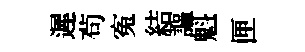
遲茍寃結謳魁匣